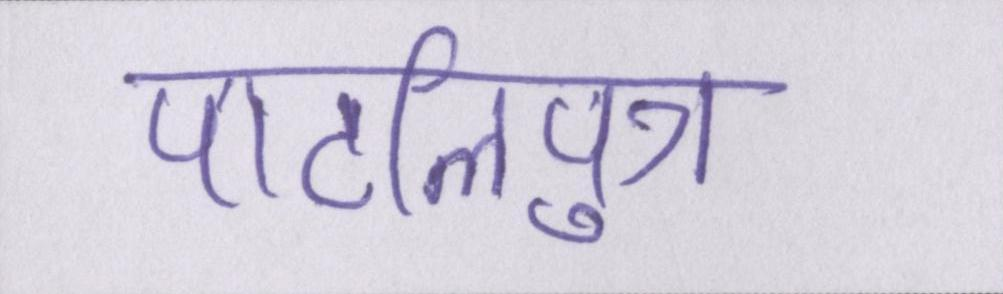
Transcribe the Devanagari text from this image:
पाटलिपुत्र